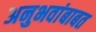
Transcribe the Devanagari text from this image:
अनुभवांबाबत